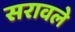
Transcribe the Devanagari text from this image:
सरावले